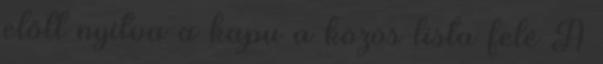
előtt nyitva a kapu a közös lista felé A